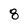
Character: 8